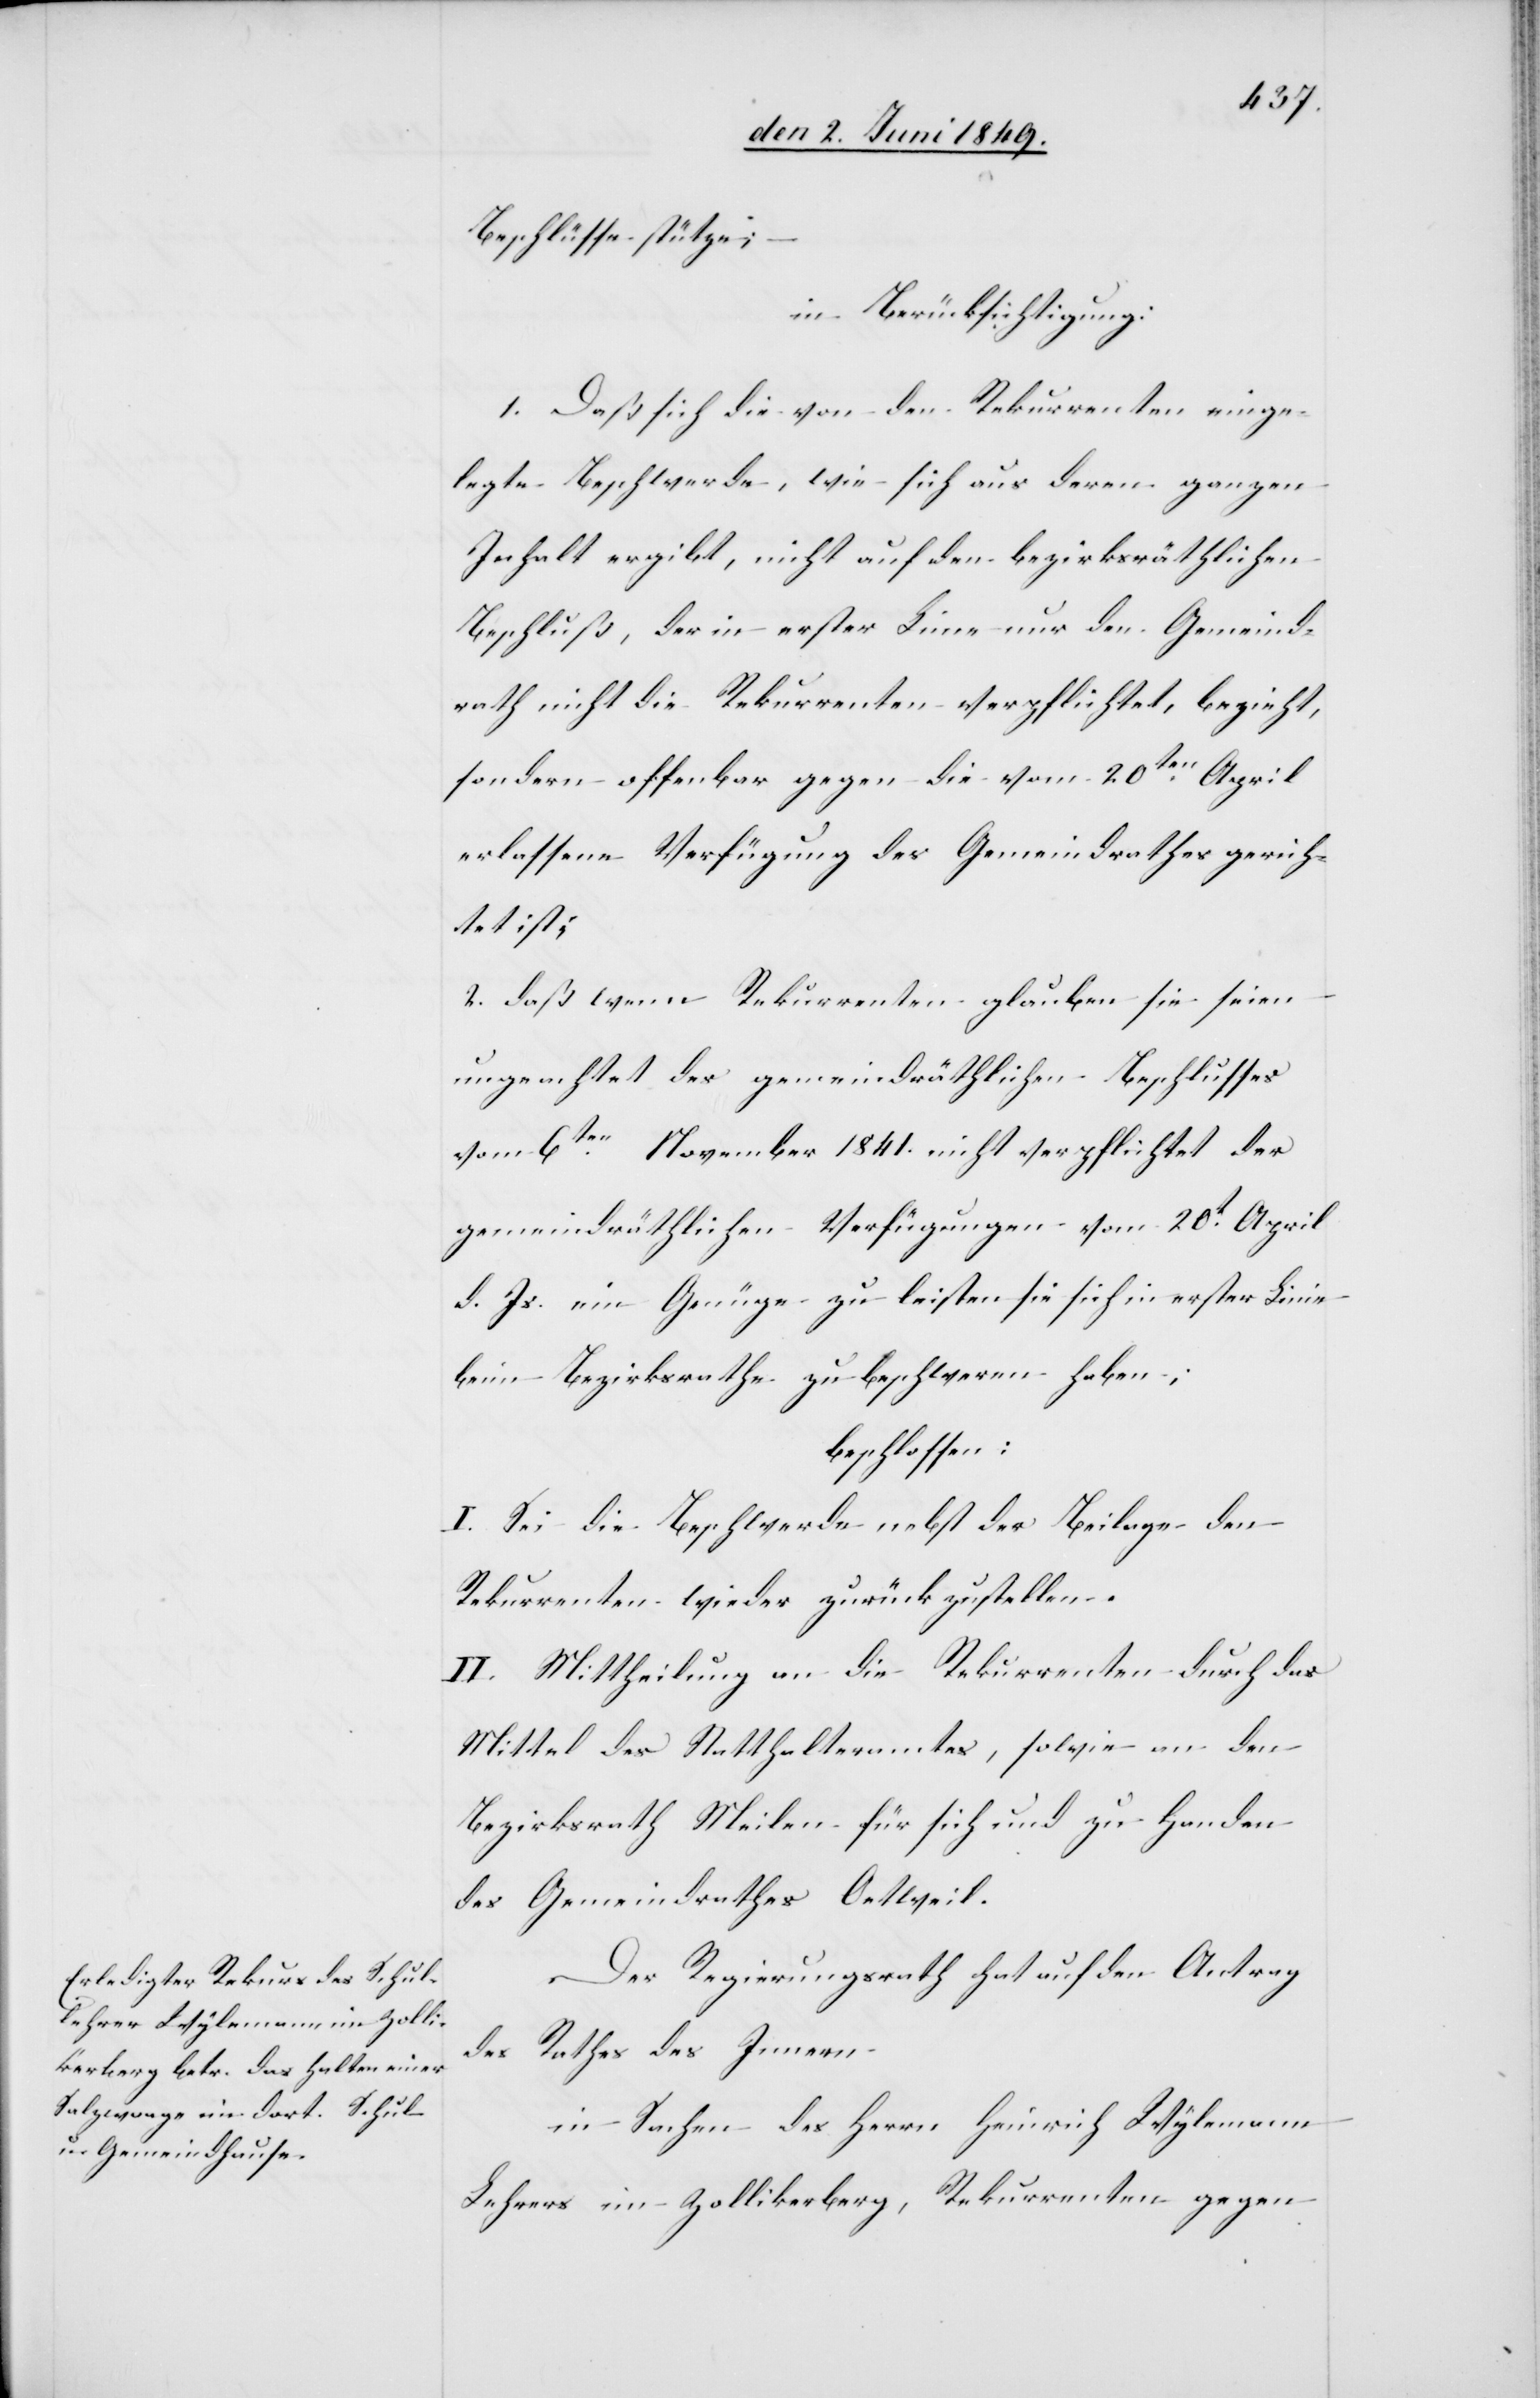
Beschlüsse stütze;
–
in Berücksichtigung:
1. Daß sich die von den Rekurrenten einge¬
legte Beschwerde, wie sich aus deren ganzen
Inhalt ergibt, nicht auf den bezirksräthlichen
Beschluß, der in erster Linie nur den Gemeind¬
rath nicht die Rekurrenten verpflichtet, bezieht,
sondern offenbar gegen die vom 20ten April
erlassene Verfügung des Gemeindrathes gerich¬
tet ist;
2. daß wenn Rekurrenten glauben sie seien
ungeachtet des gemeindräthlichen Beschlusses
vom 6ten November 1841. nicht verpflichtet der
gemeindräthlichen Verfügungen vom 20t April
d. Js. ein Genüge zu leisten sie sich in erster Linie
beim Bezirksrathe zu beschweren haben;
beschlossen:
I. Sei die Beschwerde nebst der Beilage den
Rekurrenten wieder zurückzustellen.
II. Mittheilung an die Rekurrenten durch das
Mittel des Statthalteramtes, sowie an den
Bezirksrath Meilen für sich und zu Handen
des Gemeindrathes Oetweil.
Der Regierungsrath hat auf den Antrag
des Rathes des Innern
in Sachen des Herrn Heinrich Wylemann
Lehrers im Zollikerberg, Rekurrenten gegen